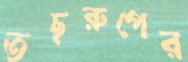
তছরুপের